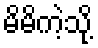
မိမိကဲ့သို့